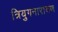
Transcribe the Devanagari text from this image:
त्रियुगनारायण